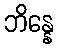
ဘိန္နေ